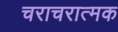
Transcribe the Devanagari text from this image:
चराचरात्मक